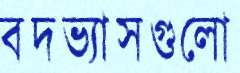
বদভ্যাসগুলো